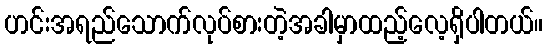
ဟင်းအရည်သောက်လုပ်စားတဲ့အခါမှာထည့်လေ့ရှိပါတယ်။